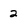
Character: 2